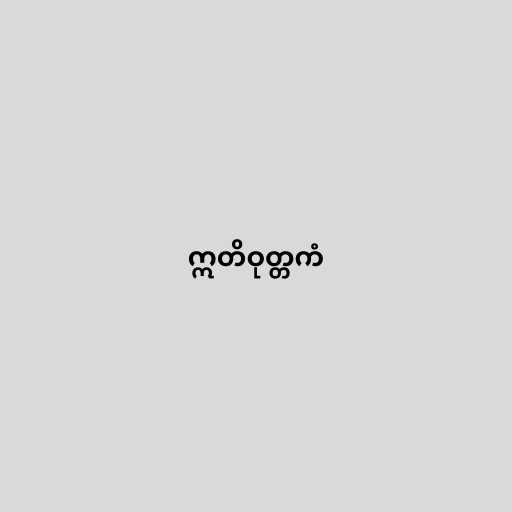
ဣတိဝုတ္တကံ